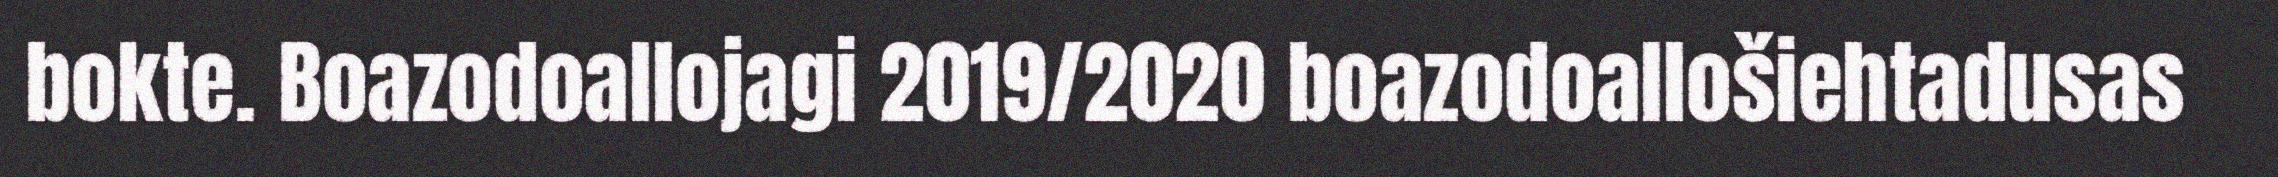
bokte. Boazodoallojagi 2019/2020 boazodoallošiehtadusas